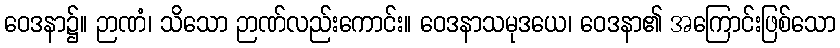
ဝေဒနာ၌။ ဉာဏံ၊ သိသော ဉာဏ်လည်းကောင်း။ ဝေဒနာသမုဒယေ၊ ဝေဒနာ၏ အကြောင်းဖြစ်သော